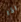
اذا